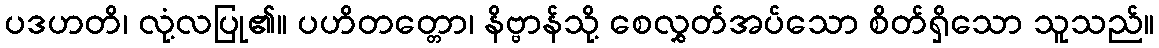
ပဒဟတိ၊ လုံ့လပြု၏။ ပဟိတတ္တော၊ နိဗ္ဗာန်သို့ စေလွှတ်အပ်သော စိတ်ရှိသော သူသည်။